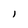
Character: l